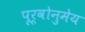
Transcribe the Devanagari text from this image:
पूर्वोनुमेय